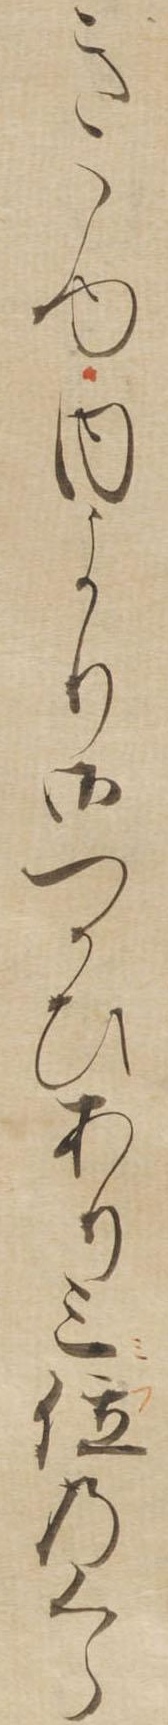
きゝゆ内より御つかひあり三位のくら